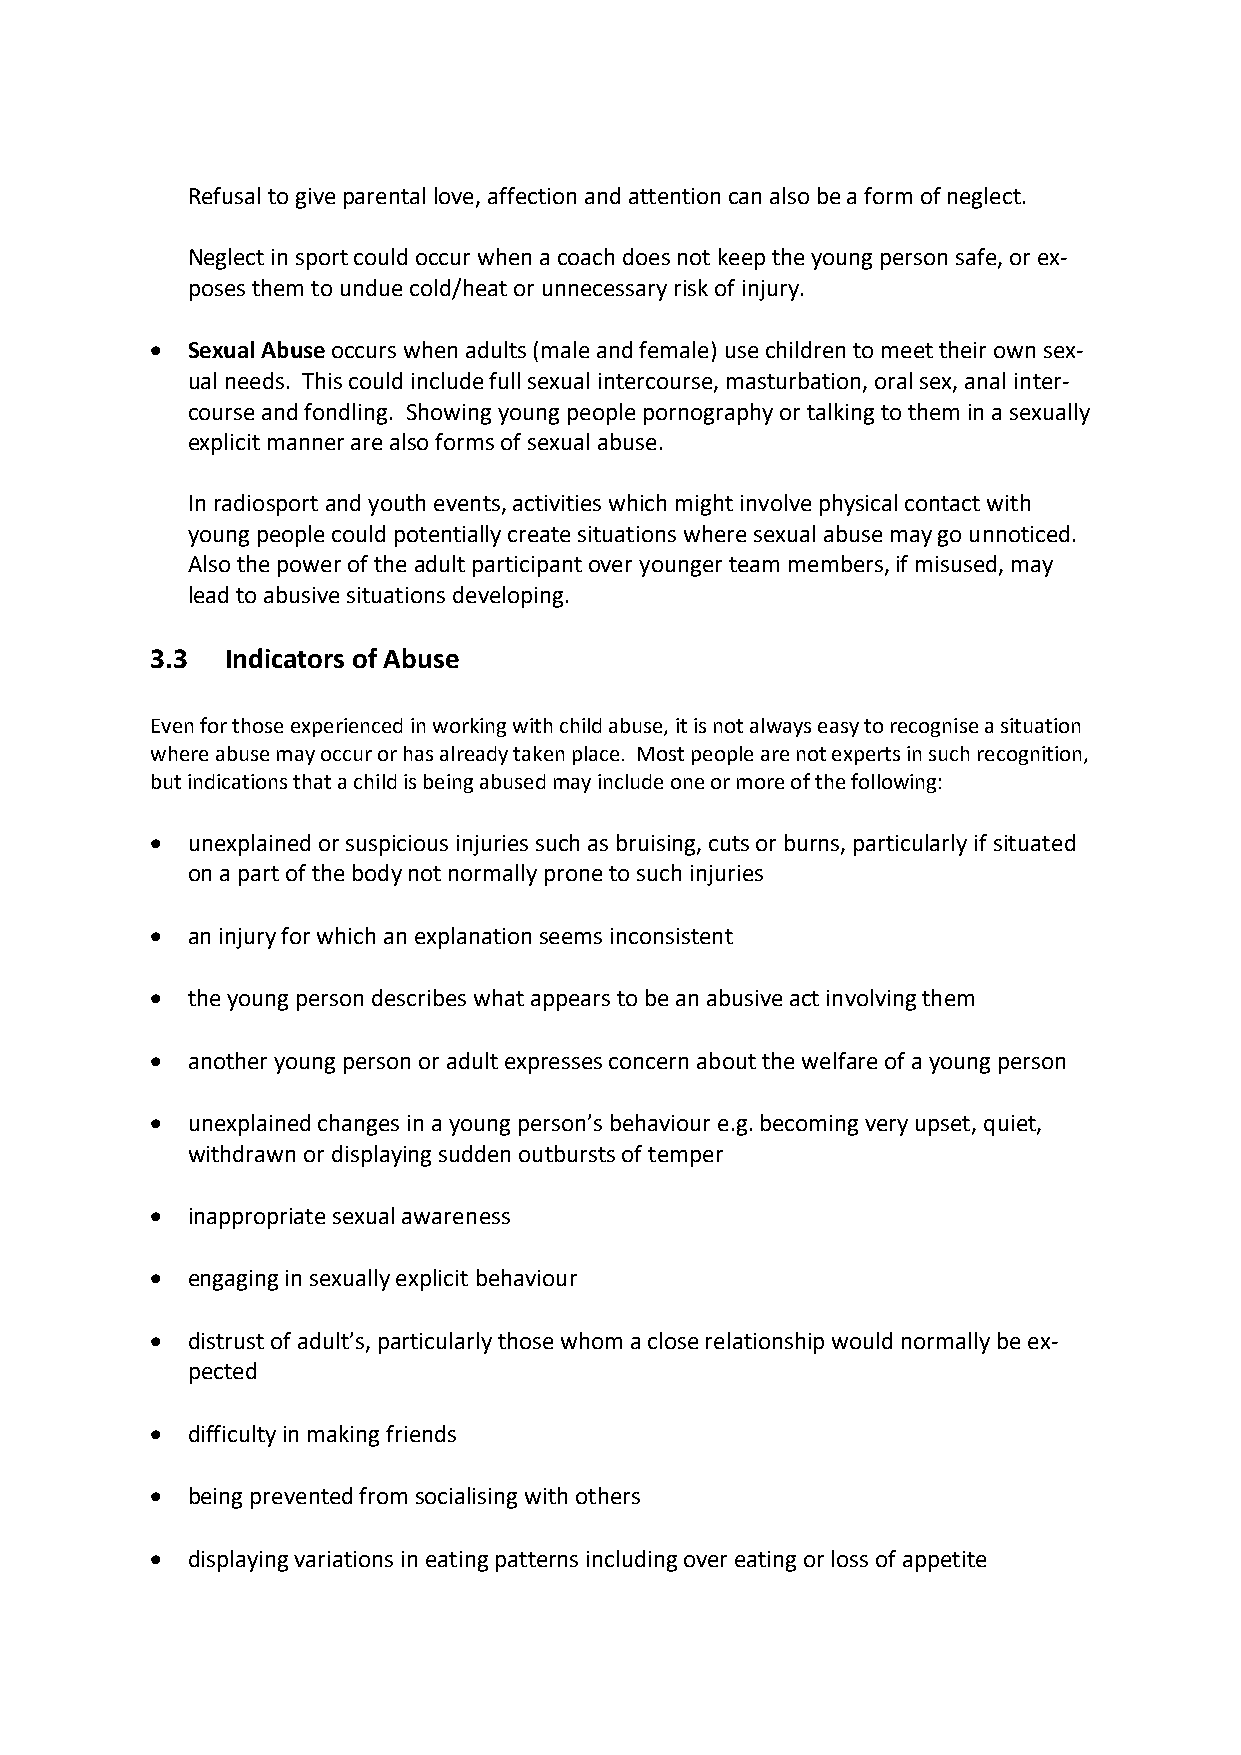
Refusal to give parental love, affection and attention can also be a form of neglect.
 Neglect in sport could occur when a coach does not keep the young person safe, or ex-
 poses them to undue cold/heat or unnecessary risk of injury.
  Sexual Abuse occurs when adults (male and female) use children to meet their own sex-
 ual needs. This could include full sexual intercourse, masturbation, oral sex, anal inter-
 course and fondling. Showing young people pornography or talking to them in a sexually
 explicit manner are also forms of sexual abuse.
 In radiosport and youth events, activities which might involve physical contact with
 young people could potentially create situations where sexual abuse may go unnoticed.
 Also the power of the adult participant over younger team members, if misused, may
 lead to abusive situations developing.
 3.3  Indicators of Abuse
 Even for those experienced in working with child abuse, it is not always easy to recognise a situation
 where abuse may occur or has already taken place. Most people are not experts in such recognition,
 but indications that a child is being abused may include one or more of the following:
  unexplained or suspicious injuries such as bruising, cuts or burns, particularly if situated
 on a part of the body not normally prone to such injuries
  an injury for which an explanation seems inconsistent
  the young person describes what appears to be an abusive act involving them
  another young person or adult expresses concern about the welfare of a young person
  unexplained changes in a young person’s behaviour e.g. becoming very upset, quiet,
 withdrawn or displaying sudden outbursts of temper
  inappropriate sexual awareness
  engaging in sexually explicit behaviour
  distrust of adult’s, particularly those whom a close relationship would normally be ex-
 pected
  difficulty in making friends
  being prevented from socialising with others
  displaying variations in eating patterns including over eating or loss of appetite